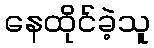
နေထိုင်ခဲ့သူ